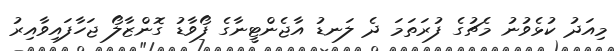
މިއަދު ކުޅެވުނު މެޗުގެ ފުރަތަމަ ދެ ލަނޑު އާޖެންޓީނާގެ ފޯވާޑު ގޮންޒާލޯ ޖަހާފައިވާއިރު